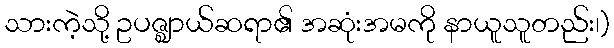
သားကဲ့သို့ ဥပဇ္ဈာယ်ဆရာ၏ အဆုံးအမကို နာယူသူတည်း၊)